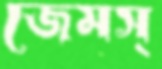
জেমস্